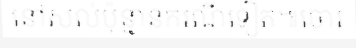
នៅសល់ប៉ុន្មានករណីទៀត៕ចោរ